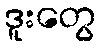
ဒူးတွေ